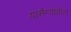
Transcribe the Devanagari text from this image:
यासैन्यातील